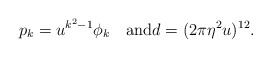
\begin{align*}p_{k} = u^{k^2-1}\phi_{k}\quad\mbox{and}d =(2\pi \eta^2 u)^{12}.\end{align*}